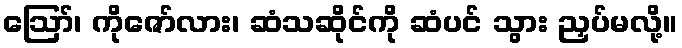
ဪ၊ ကိုဇော်လား၊ ဆံသဆိုင်ကို ဆံပင် သွား ညှပ်မလို့။